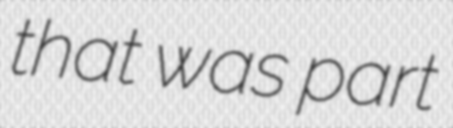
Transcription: that was part